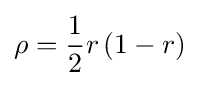
\rho ={\frac {1}{2}}r\left(1-r\right)